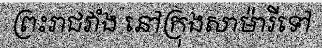
ព្រះរាជវាំង នៅក្រុងសាម៉ារីទៅ